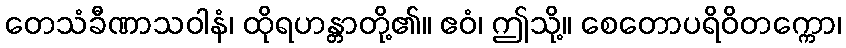
တေသံခီဏာသဝါနံ၊ ထိုရဟန္တာတို့၏။ ဧဝံ၊ ဤသို့။ စေတောပရိဝိတက္ကော၊